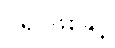
ဂရပ်ဖစ်နှင့်